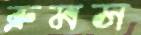
ব্রুমস